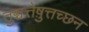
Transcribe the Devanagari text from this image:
तुञ्चत्तेष़ुत्तच्छन